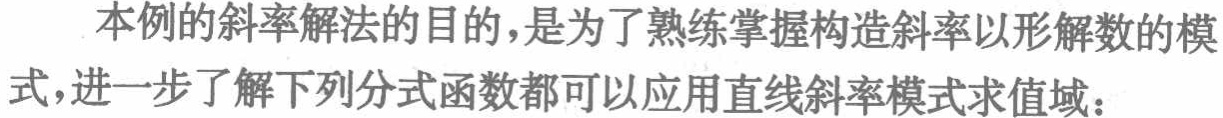
本例的斜率解法的目的，是为了熟练掌握构造斜率以形解数的模式，进一步了解下列分式函数都可以应用直线斜率模式求值域：